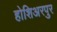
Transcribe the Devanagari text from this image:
होशिअरपुर